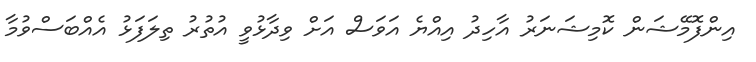
އިންފޮމޭޝަން ކޮމިޝަނަރު އާހިދު އިއްޔެ އަވަސް އަށް ވިދާޅުވީ އުތުރު ތިލަފަޅު އެއްބަސްވުމާ